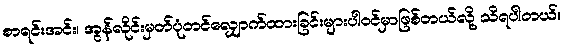
စာရင်းအင်း၊ အွန်လိုင်းမှတ်ပုံတင်လျှောက်ထားခြင်းများပါဝင်မှာဖြစ်တယ်လို့ သိရပါတယ်။